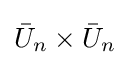
{\bar {U}}_{n}\times {\bar {U}}_{n}